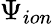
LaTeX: \Psi_{ion}